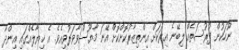
ނޫހަކުން ފުރުސަތެއް ލިބޭނެ އިރަކަށް އިންތިޒާރުކޮށްކޮށް އޭނަ މާޔޫސްވާވަރުވިއެވެ. އެ ޚިޔާލެއްގައި އިންދާ